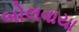
બોલવાયા